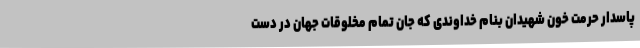
پاسدار حرمت خون شهیدان بنام خداوندی که جان تمام مخلوقات جهان در دست